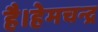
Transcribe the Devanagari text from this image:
है।हेमचन्द्र